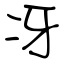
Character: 冴